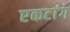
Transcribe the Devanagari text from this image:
एकटांग